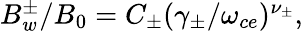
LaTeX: \begin{array}{r}{B_{w}^{\pm}/B_{0}=C_{\pm}(\gamma_{\pm}/\omega_{ce})^{\nu_{\pm}},}\end{array}